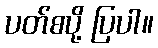
ပတ်စပို့ ပြပါ။